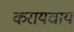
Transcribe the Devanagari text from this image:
करायचाय